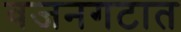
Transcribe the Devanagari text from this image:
वजनगटात